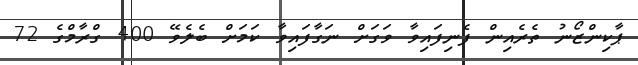
ޕާކިންޒޯނު ތެރެއިން ފެނިފައިވާ ވަގަށް ނަގާފައިވާ ކަމަށް ބެލެވޭ 400 ގްރާމްގެ 72